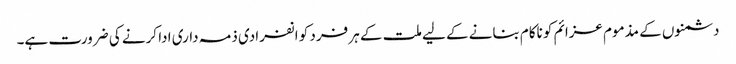
دشمنوں کے مذموم عزائم کو ناکام بنانے کے لیے ملت کے ہر فرد کو انفرادی ذمہ داری ادا کرنے کی ضرورت ہے۔